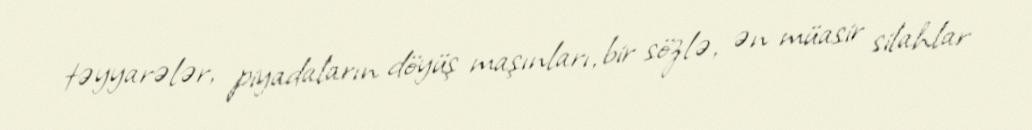
təyyarələr, piyadaların döyüş maşınları, bir sözlə, ən müasir silahlar